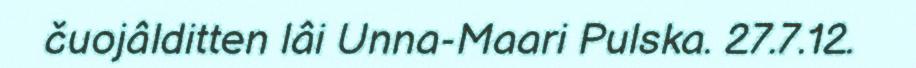
čuojâlditten lâi Unna-Maari Pulska. 27.7.12.